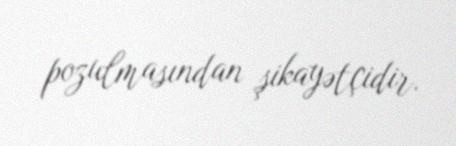
pozulmasından şikayətçidir.